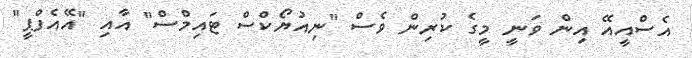
އެސްއީއޭ އިން ވަނީ މީގެ ކުރިން ވެސް "ނިއުޔޯކްސް ޓައިމްސް" އާއި "އޭއެފްޕީ"